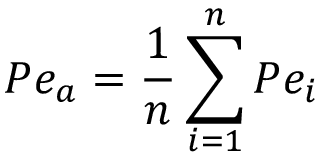
P { e _ { a } } = \frac { 1 } { n } \sum _ { i = 1 } ^ { n } { P { e _ { i } } }